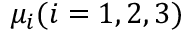
\mu _ { i } ( i = 1 , 2 , 3 )